画像に写った文字を読んでください
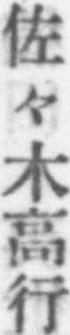
「佐々木高行」と書いてあります